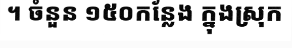
។ ចំនួន ១៥០កន្លែង ក្នុងស្រុក